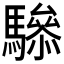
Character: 𲌂